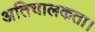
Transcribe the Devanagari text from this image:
अतिचालकता।